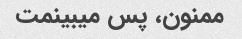
ممنون، پس میبینمت